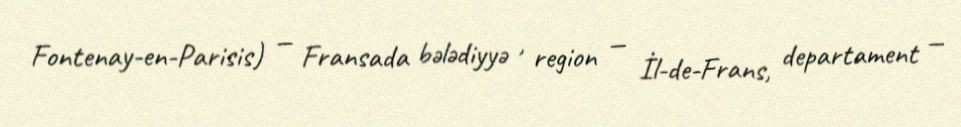
Fontenay-en-Parisis) — Fransada bələdiyyə , region — İl-de-Frans, departament —